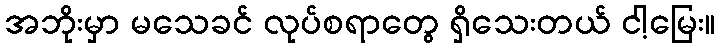
အဘိုးမှာ မသေခင် လုပ်စရာတွေ ရှိသေးတယ် ငါ့မြေး။